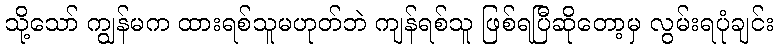
သို့သော် ကျွန်မက ထားရစ်သူမဟုတ်ဘဲ ကျန်ရစ်သူ ဖြစ်ရပြီဆိုတော့မှ လွမ်းရပုံချင်း